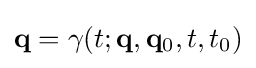
\mathbf {q} =\gamma (t;\mathbf {q} ,\mathbf {q} _{0},t,t_{0})